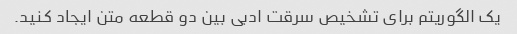
یک الگوریتم برای تشخیص سرقت ادبی بین دو قطعه متن ایجاد کنید.